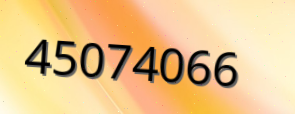
45074066